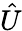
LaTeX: \hat{U}